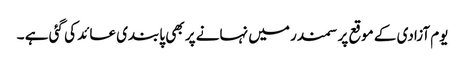
یوم آزادی کے موقع پر سمندر میں نہانے پر بھی پابندی عائد کی گئی ہے ۔